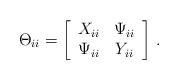
LaTeX: \begin{align*}\Theta_{ii}=\left[\begin{array}{cc}X_{ii} & \Psi_{ii}\\\Psi_{ii} & Y_{ii}\end{array}\right]\,.\end{align*}